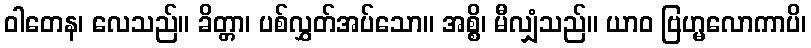
ဝါတေန၊ လေသည်။ ခိတ္တာ၊ ပစ်လွှတ်အပ်သော။ အစ္စိ၊ မီလျှံသည်။ ယာဝ ဗြဟ္မလောကာပိ၊